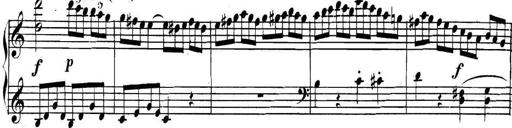
Title: Collected Piano Sonatas
Composer: Muzio Clementi